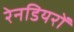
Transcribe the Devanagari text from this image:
रेनडियरों